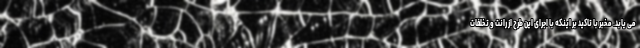
می یابد. مخبر با تاکید بر اینکه با اجرای این طرح از رانت و تخلفات